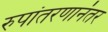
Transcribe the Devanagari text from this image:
रुपांतरणानंतर